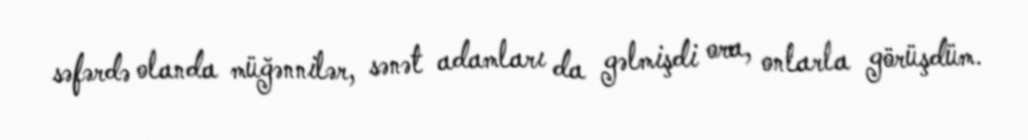
səfərdə olanda müğənnilər, sənət adamları da gəlmişdi ora, onlarla görüşdüm.